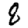
Digit: 8